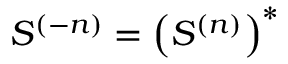
S ^ { ( - n ) } = \left( S ^ { ( n ) } \right) ^ { * }